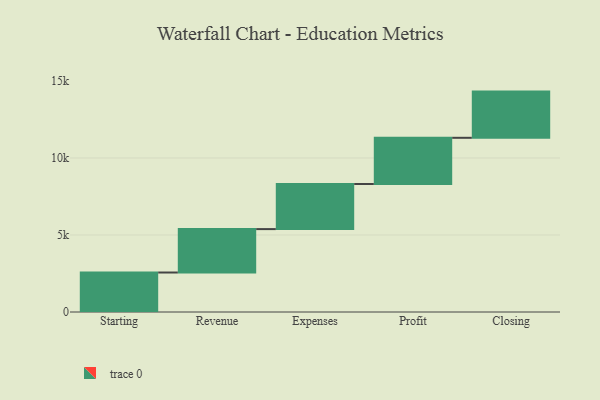
{"axis": {"x": "Step", "y": "Value"}, "legend": [""], "data": [{"x": "Starting", "y": 2564.0, "type": ""}, {"x": "Revenue", "y": 2819.0, "type": ""}, {"x": "Expenses", "y": 2928.0, "type": ""}, {"x": "Profit", "y": 3000, "type": ""}, {"x": "Closing", "y": 3000, "type": ""}]}